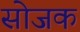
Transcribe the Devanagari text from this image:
सोजक